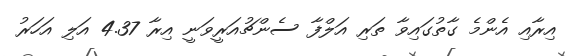
އިރާއި އެންމެ ގާތުގައިވާ ތަރި އަލްފާ ސެންޗުއަރީވަނީ އިރާ 4.37 އަލި އަހަރު